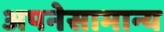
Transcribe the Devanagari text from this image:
अपनेसामान्य